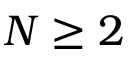
N \geq 2